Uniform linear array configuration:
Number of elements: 8
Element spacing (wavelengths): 1
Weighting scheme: uniform
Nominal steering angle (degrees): -30
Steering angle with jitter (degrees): -29.401
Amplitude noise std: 0.05
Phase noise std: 0.05

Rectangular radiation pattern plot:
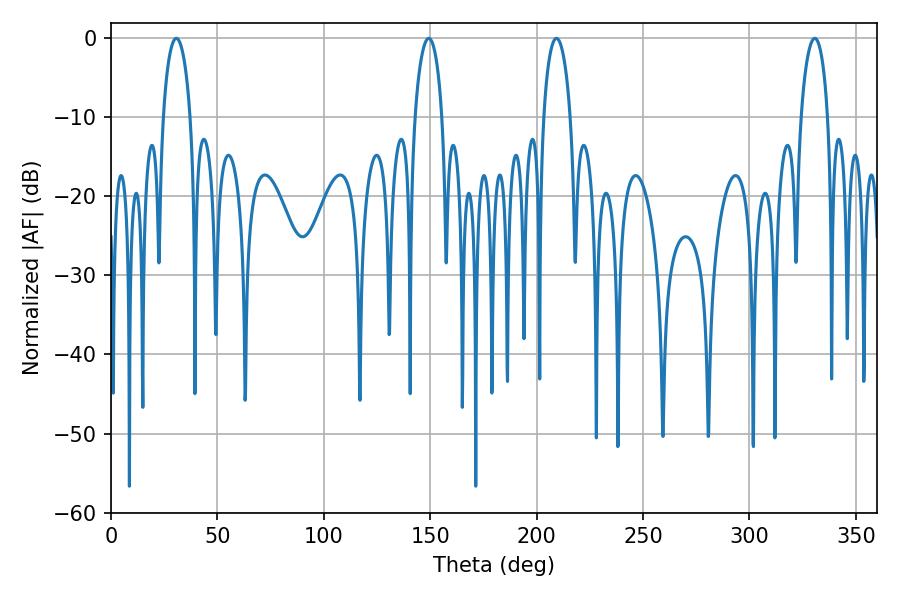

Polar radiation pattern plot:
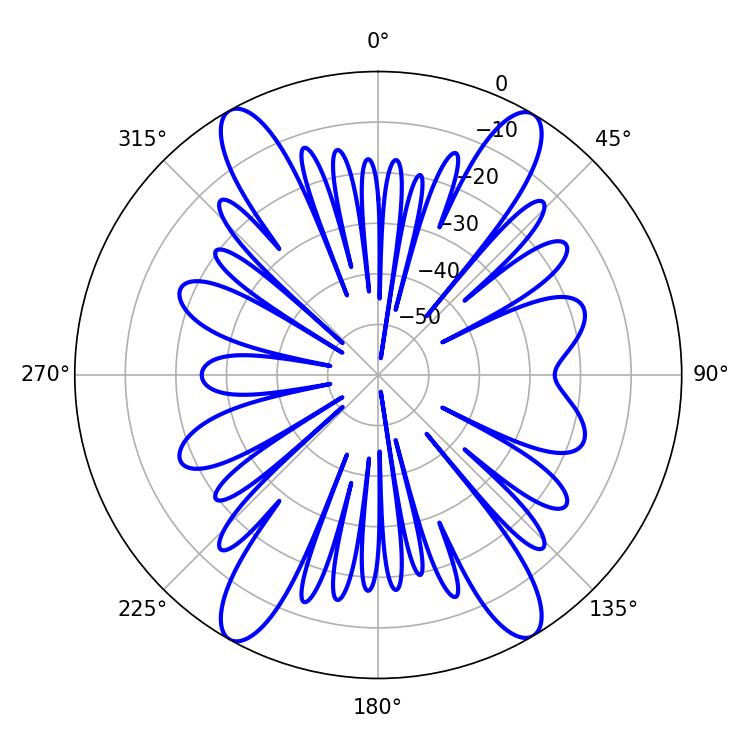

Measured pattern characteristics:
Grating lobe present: TRUE
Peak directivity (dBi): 21.294
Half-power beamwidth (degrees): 7.2
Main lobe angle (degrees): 209.34